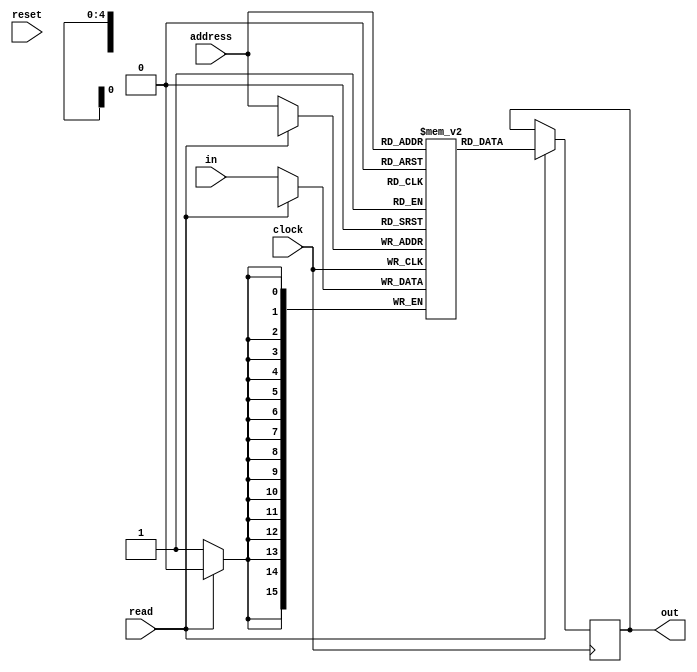
module memory_one(address,clock,reset,in,out,read);
input [4:0] address;
input clock,reset;
input [15:0] in;
output reg [15:0] out;
input read;
reg [15:0] memo [31:0];					

always @(posedge clock)
begin
	if(read==1)
	begin
		out=memo[address];
	end
	else
	begin	
		memo[address]=in;
	end
end
endmodule